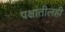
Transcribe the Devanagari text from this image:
पक्षांतीलही